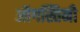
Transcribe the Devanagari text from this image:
ऑगस्तिनी